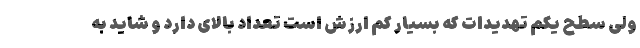
ولی سطح یکم تهدیدات که بسیار کم ارزش است تعداد بالای دارد و شاید به